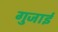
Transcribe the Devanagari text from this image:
गुजाई